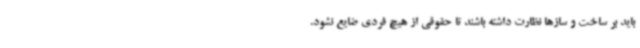
باید بر ساخت و سازها نظارت داشته باشند تا حقوقی از هیچ فردی ضایع نشود.